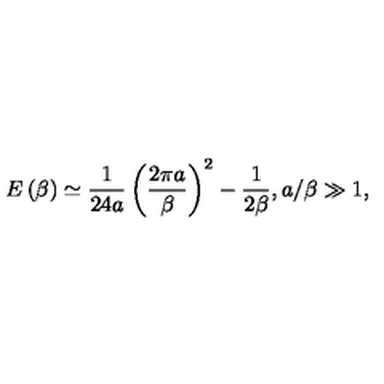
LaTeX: E \left( \beta \right) \simeq \frac { 1 } { 2 4 a } \left( \frac { 2 \pi a } { \beta } \right) ^ { 2 } - \frac { 1 } { 2 \beta } , a / \beta \gg 1 ,